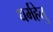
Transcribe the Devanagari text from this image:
धर्महेतु